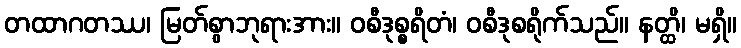
တထာဂတဿ၊ မြတ်စွာဘုရားအား။ ဝစီဒုစ္စရိတံ၊ ဝစီဒုစရိုက်သည်။ နတ္ထိ၊ မရှိ။